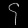
Digit: ၄